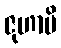
ဇုဟာမိ